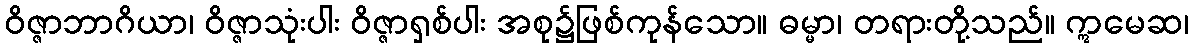
ဝိဇ္ဇာဘာဂိယာ၊ ဝိဇ္ဇာသုံးပါး ဝိဇ္ဇာရှစ်ပါး အစု၌ဖြစ်ကုန်သော။ ဓမ္မာ၊ တရားတို့သည်။ ဣမေဆ၊